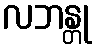
လဘန္တု